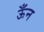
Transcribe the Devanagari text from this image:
ऊँन